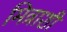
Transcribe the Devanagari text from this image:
मित्राशी